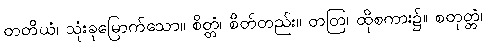
တတိယံ၊ သုံးခုမြောက်သော။ စိတ္တံ၊ စိတ်တည်း။ တတြ၊ ထိုစကား၌။ စတုတ္တံ၊